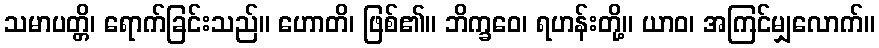
သမာပတ္တိ၊ ရောက်ခြင်းသည်။ ဟောတိ၊ ဖြစ်၏။ ဘိက္ခဝေ၊ ရဟန်းတို့။ ယာဝ၊ အကြင်မျှလောက်။